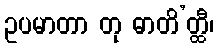
ဥပမာတာ တု ဓာတိ’တ္ထီ၊